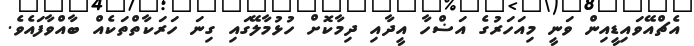
އެޗްއޭވައިޑީއިން ވަނީ މިއަހަރުގެ އަޟްހާ އީދާއި ދިމާކޮށް ހުޅުމާލޭގައި ގިނަ ހަރަކާތްތަކެއް ބާއްވާފައެވެ.